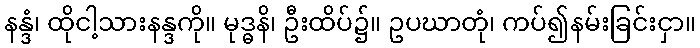
နန္ဒံ၊ ထိုငါ့သားနန္ဒကို။ မုဒ္ဓနိ၊ ဦးထိပ်၌။ ဥပဃာတုံ၊ ကပ်၍နမ်းခြင်းငှာ။